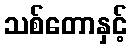
သစ်တောနှင့်